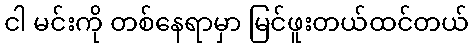
ငါ မင်းကို တစ်နေရာမှာ မြင်ဖူးတယ်ထင်တယ်